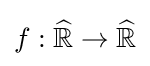
f:{\widehat {\mathbb {R} }}\to {\widehat {\mathbb {R} }}